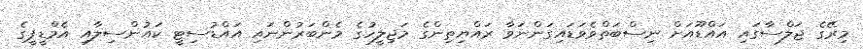
މިރޭގެ ޖަލްސާގައި އައްޑޫއަށް ނިސްބަތްވެވަޑައިގަންނަވާ ރައްޔިތިންގެ މަޖިލީހުގެ މެންބަރުންނައި އައްޑުސިޓީ ކައުންސިލާއި އެމްޑީޕީގެ